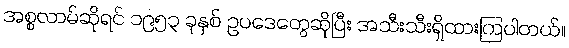
အစ္စလာမ်ဆိုရင် ၁၉၅၃ ခုနှစ် ဥပဒေတွေဆိုပြီး အသီးသီးရှိထားကြပါတယ်။